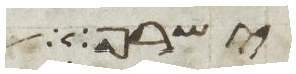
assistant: ישרף